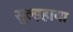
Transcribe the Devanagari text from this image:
सुल्झ्हाया